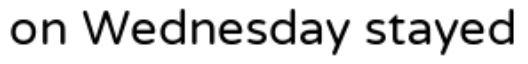
on Wednesday stayed